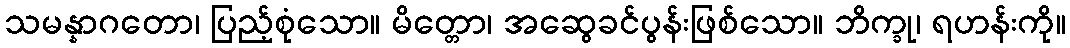
သမန္နာဂတော၊ ပြည့်စုံသော။ မိတ္တော၊ အဆွေခင်ပွန်းဖြစ်သော။ ဘိက္ခု၊ ရဟန်းကို။